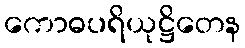
ကောဓပရိယုဋ္ဌိတေန